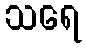
သရေ